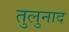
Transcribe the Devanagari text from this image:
तुलुनाद